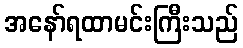
အနော်ရထာမင်းကြီးသည်